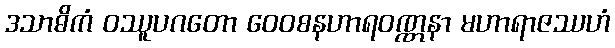
ဒသာဓိကံ ဝဿူပဂတော ဝေဝစနဟာရဝဏ္ဏနာ မဟာရာဇဿဟံ